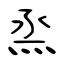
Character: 烝